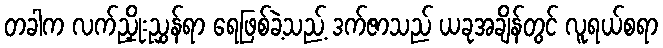
တခါက လက်ညှိုးညွှန်ရာ ရေဖြစ်ခဲ့သည့် ဒက်ဇာသည် ယခုအချိန်တွင် လူရယ်စရာ